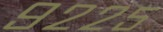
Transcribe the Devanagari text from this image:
९२२५